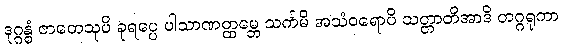
ဒုဂ္ဂန္ဓံ ဇာတေသုပိ ခုရပ္ပေ ပါသာဏတ္ထမ္ဘေ သင်္ကမိ အသံဝရောပိ သတ္တာတိအာဒိ တဂ္ဂရုကာ